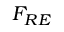
F _ { R E }